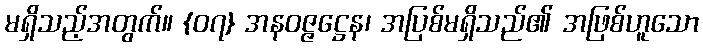
မရှိသည့်အတွက်။ {၀၇} အနဝဇ္ဇဋ္ဌေန၊ အပြစ်မရှိသည်၏ အဖြစ်ဟူသော